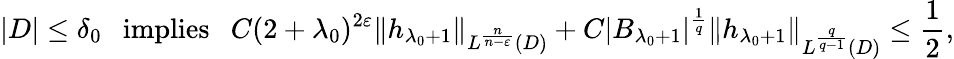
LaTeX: |D|\leq\delta_{0}\ \ \ \mathrm{implies~}\ \ C(2+\lambda_{0})^{2\varepsilon}{\left\| h_{\lambda_{0}+1}\right\| }_{L^{\frac{n}{n-\varepsilon}}(D)}+C|B_{\lambda_{0}+1}|^{\frac{1}{q}}{\left\| h_{\lambda_{0}+1}\right\| }_{L^{\frac{q}{q-1}}(D)}\leq\frac{1}{2},